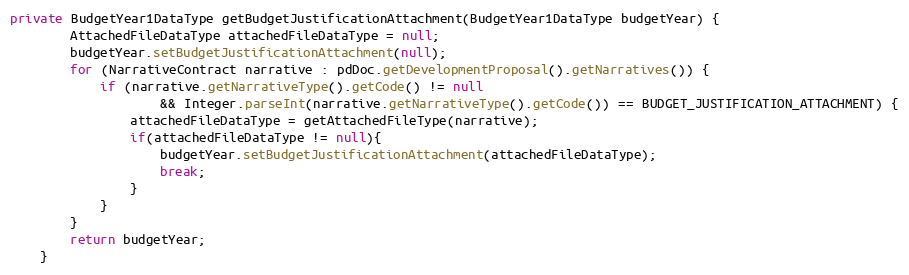
Language: Java
private BudgetYear1DataType getBudgetJustificationAttachment(BudgetYear1DataType budgetYear) {
        AttachedFileDataType attachedFileDataType = null;
        budgetYear.setBudgetJustificationAttachment(null);
        for (NarrativeContract narrative : pdDoc.getDevelopmentProposal().getNarratives()) {
            if (narrative.getNarrativeType().getCode() != null
                    && Integer.parseInt(narrative.getNarrativeType().getCode()) == BUDGET_JUSTIFICATION_ATTACHMENT) {
                attachedFileDataType = getAttachedFileType(narrative);
                if(attachedFileDataType != null){
                    budgetYear.setBudgetJustificationAttachment(attachedFileDataType);
                    break;
                }
            }
        }
        return budgetYear;
    }